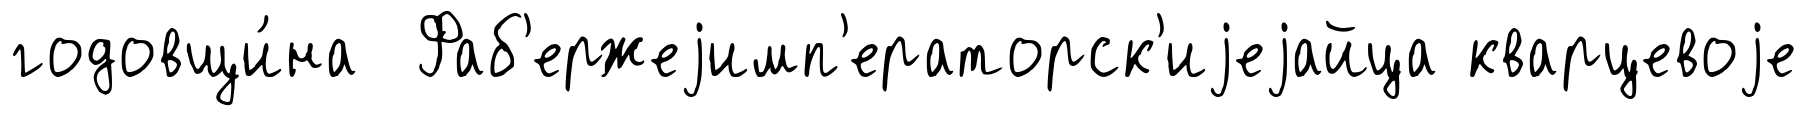
годовщи́на Фаб'ержеjимп'ераторск'иjеjайца кварцевоjе